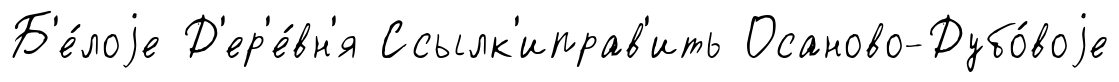
Б'е́лоjе Д'ер'е́вн'я Ссылк'иправ'ить Осаново-Дубо́воjе